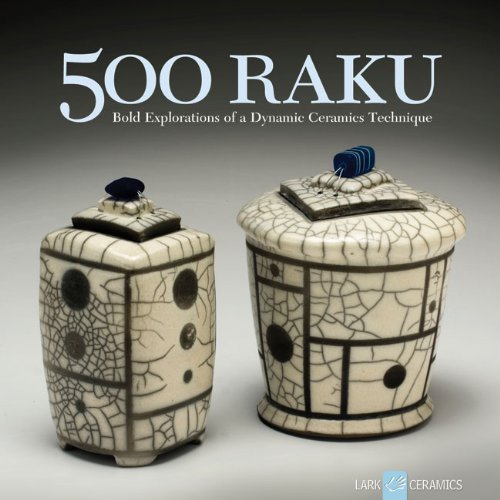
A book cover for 500 Raku: Bold Explorations of a Dynamic Ceramics Technique (500 Series); Ray Hemachandra; Crafts, Hobbies & Home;